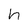
Character: h